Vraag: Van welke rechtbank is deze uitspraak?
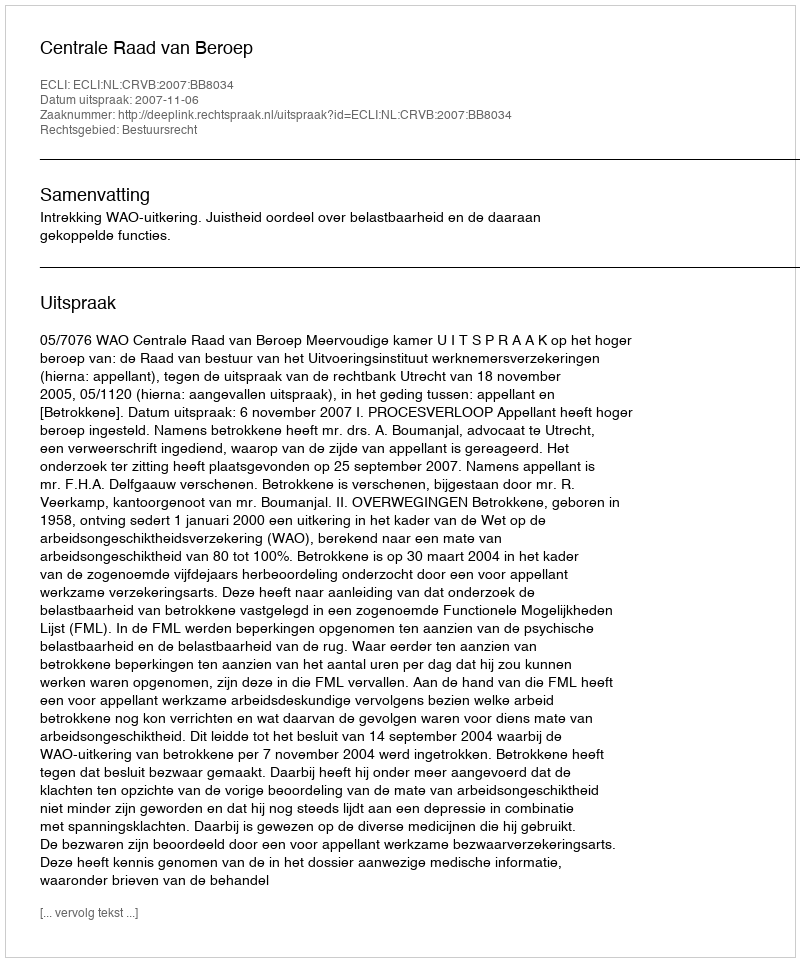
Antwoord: Centrale Raad van Beroep